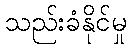
သည်းခံနိုင်မှု